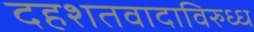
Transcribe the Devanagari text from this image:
दहशतवादाविरुध्ध